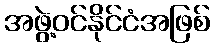
အဖွဲ့ဝင်နိုင်ငံအဖြစ်